Civil Veterinary Department Bengal reports 1933-51 - 1933-1951
Year: 1933
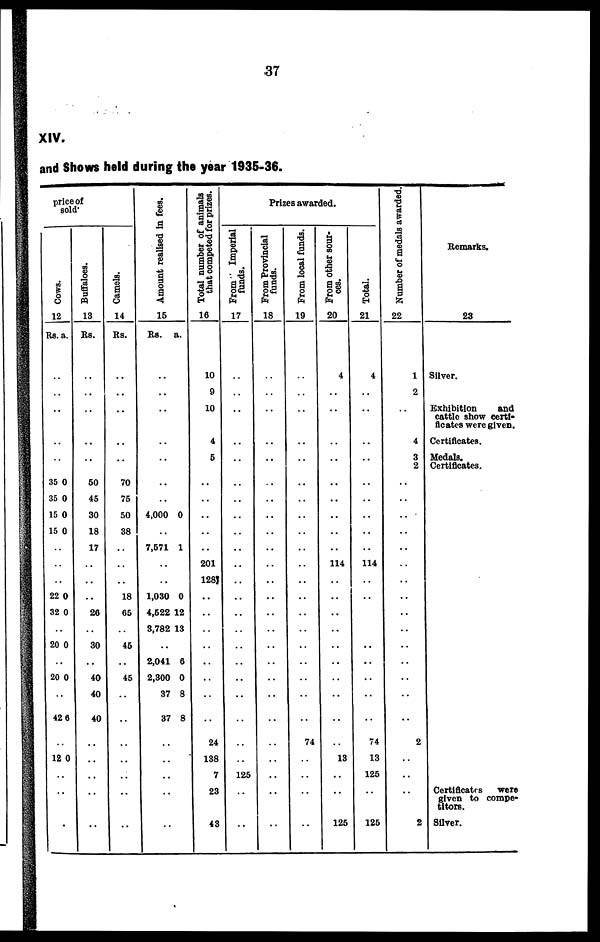
37
XIV.
and Shows held during the year 1935-36.
price of
sold.
Cows .
12
Rs. a.
..
..
..
..
..
35
35
15
15
0
0
0
0
..
..
..
22
32
0
0
..
20 0
..
20 0
..
42 6
..
12 0
..
..
..
Buffaloes.
13
Rs.
..
..
..
..
..
50
45
30
18
17
..
..
..
26
..
30
..
40
40
40
..
..
..
..
..
Ca me l
s .
14
Rs.
..
..
..
..
..
70
75
50
38
..
..
..
18
65
..
45
..
45
..
..
..
..
..
..
..
Amount realised in fees.
15
Rs. a.
..
..
..
..
..
..
..
4,000 0
..
7,571 1
..
..
1,030
4,522
3,782
0
12
13
..
2,041
2,300
37
37
6
0
8
8
..
..
..
..
..
Total number of animals
that competed for prizes.
16
10
9
10
4
5
..
..
..
..
..
201
128
..
..
..
..
..
..
..
..
24
138
7
23
43
Prizes awarded.
From
Imperial
funds.
17
..
..
..
..
..
..
..
..
..
..
..
..
..
..
..
..
..
..
..
..
..
..
125
..
..
From Provincial
funds.
18
..
..
..
..
..
..
..
..
..
..
..
..
..
..
..
..
..
..
..
..
..
..
..
..
..
From local funds.
19
..
..
..
..
..
..
..
..
..
..
..
..
..
..
..
..
..
..
..
..
74
..
..
..
..
From other sour-
ces.
20
4
..
..
..
..
..
..
..
..
..
114
..
..
..
..
..
..
..
..
..
..
13
..
..
125
Total.
21
4
..
..
..
..
..
..
..
..
..
114
..
..
..
..
..
..
..
74
13
125
..
125
Number of medals awarded.
22
1
2
..
4
3
2
..
..
..
..
..
..
..
..
..
..
..
..
..
..
..
2
..
..
..
2
Remarks.
23
Silver.
Exhibition
and
cattle show certi-
ficates were given.
Certificates.
Medals.
Certificates.
Certificates were
given to compe
titors.
Silver.